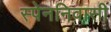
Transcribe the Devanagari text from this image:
स्पेननिवासी